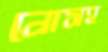
নোসহ